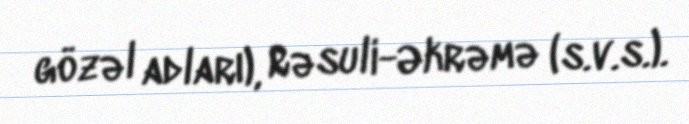
gözəl adları), Rəsuli-Əkrəmə (s.v.s.).